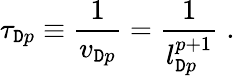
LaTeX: \tau_{\mathtt{D}p}\equiv\frac{{1}}{{v_{\mathtt{D}p}}}=\frac{{1}}{{l_{\mathtt{D}p}^{p+1}}}\; .